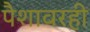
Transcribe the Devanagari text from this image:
पैशावरही